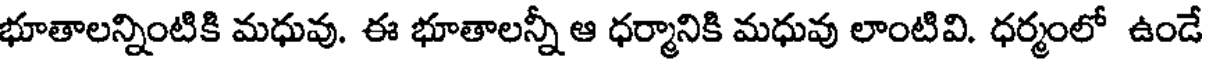
భూతాలన్నింటికి మధువు. ఈ భూతాలన్నీ ఆ ధర్మానికి మధువు లాంటివి. ధర్మంలో ఉండే